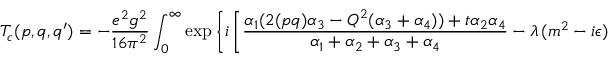
T _ { c } ( p , q , q ^ { \prime } ) = - \frac { e ^ { 2 } g ^ { 2 } } { 1 6 \pi ^ { 2 } } \int _ { 0 } ^ { \infty } \exp \left\{ i \left[ { \frac { \alpha _ { 1 } ( 2 ( p q ) \alpha _ { 3 } - Q ^ { 2 } ( \alpha _ { 3 } + \alpha _ { 4 } ) ) + t \alpha _ { 2 } \alpha _ { 4 } } { \alpha _ { 1 } + \alpha _ { 2 } + \alpha _ { 3 } + \alpha _ { 4 } } } - \lambda \, ( m ^ { 2 } - i \epsilon ) \right] \right\} \frac { d \alpha _ { 1 } d \alpha _ { 2 } d \alpha _ { 3 } d \alpha _ { 4 } } { \lambda ^ { 2 } } \, .